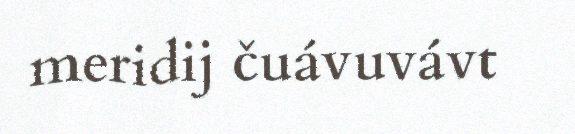
meridij čuávuvávt